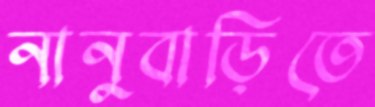
নানুবাড়িতে